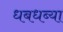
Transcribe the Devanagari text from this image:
धबधब्या